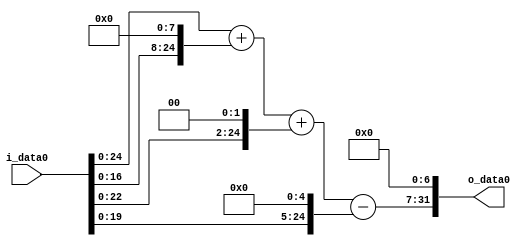
module multiplier_block (
    i_data0,
    o_data0
);

  // Port mode declarations:
  input   [31:0] i_data0;
  output  [31:0]
    o_data0;

  //Multipliers:

  wire [31:0]
    w1,
    w256,
    w257,
    w4,
    w261,
    w32,
    w229,
    w29312;

  assign w1 = i_data0;
  assign w229 = w261 - w32;
  assign w256 = w1 << 8;
  assign w257 = w1 + w256;
  assign w261 = w257 + w4;
  assign w29312 = w229 << 7;
  assign w32 = w1 << 5;
  assign w4 = w1 << 2;

  assign o_data0 = w29312;

  //multiplier_block area estimate = 4204.56962668382;
endmodule